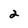
Character: 2